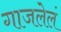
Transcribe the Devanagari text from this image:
गाजलेलं